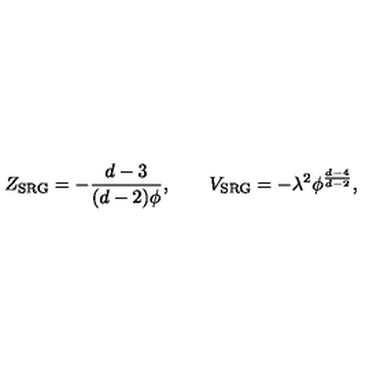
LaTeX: Z _ { \mathrm { S R G } } = - \frac { d - 3 } { ( d - 2 ) \phi } , \qquad V _ { \mathrm { S R G } } = - \lambda ^ { 2 } \phi ^ { \frac { d - 4 } { d - 2 } } ,